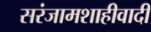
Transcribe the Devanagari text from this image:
सरंजामशाहीवादी